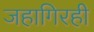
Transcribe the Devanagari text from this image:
जहागिरही